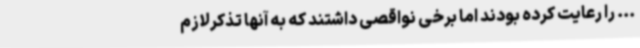
... را رعایت کرده بودند اما برخی نواقصی داشتند که به آنها تذکرلازم